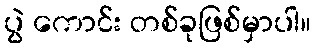
ပွဲ ကောင်း တစ်ခုဖြစ်မှာပါ။